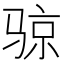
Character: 𲌈